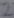
Text: 2